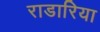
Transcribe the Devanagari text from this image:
राडारिया